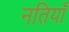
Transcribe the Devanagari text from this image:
नतियाँ